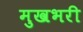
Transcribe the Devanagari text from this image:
मुखभरी